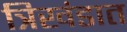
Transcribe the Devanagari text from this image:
त्रिखंडात